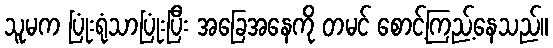
သူမက ပြုံးရုံသာပြုံးပြီး အခြေအနေကို တမင် စောင့်ကြည့်နေသည်။